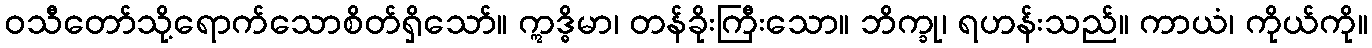
ဝသီတော်သို့ရောက်သောစိတ်ရှိသော်။ ဣဒ္ဓိမာ၊ တန်ခိုးကြီးသော။ ဘိက္ခု၊ ရဟန်းသည်။ ကာယံ၊ ကိုယ်ကို။